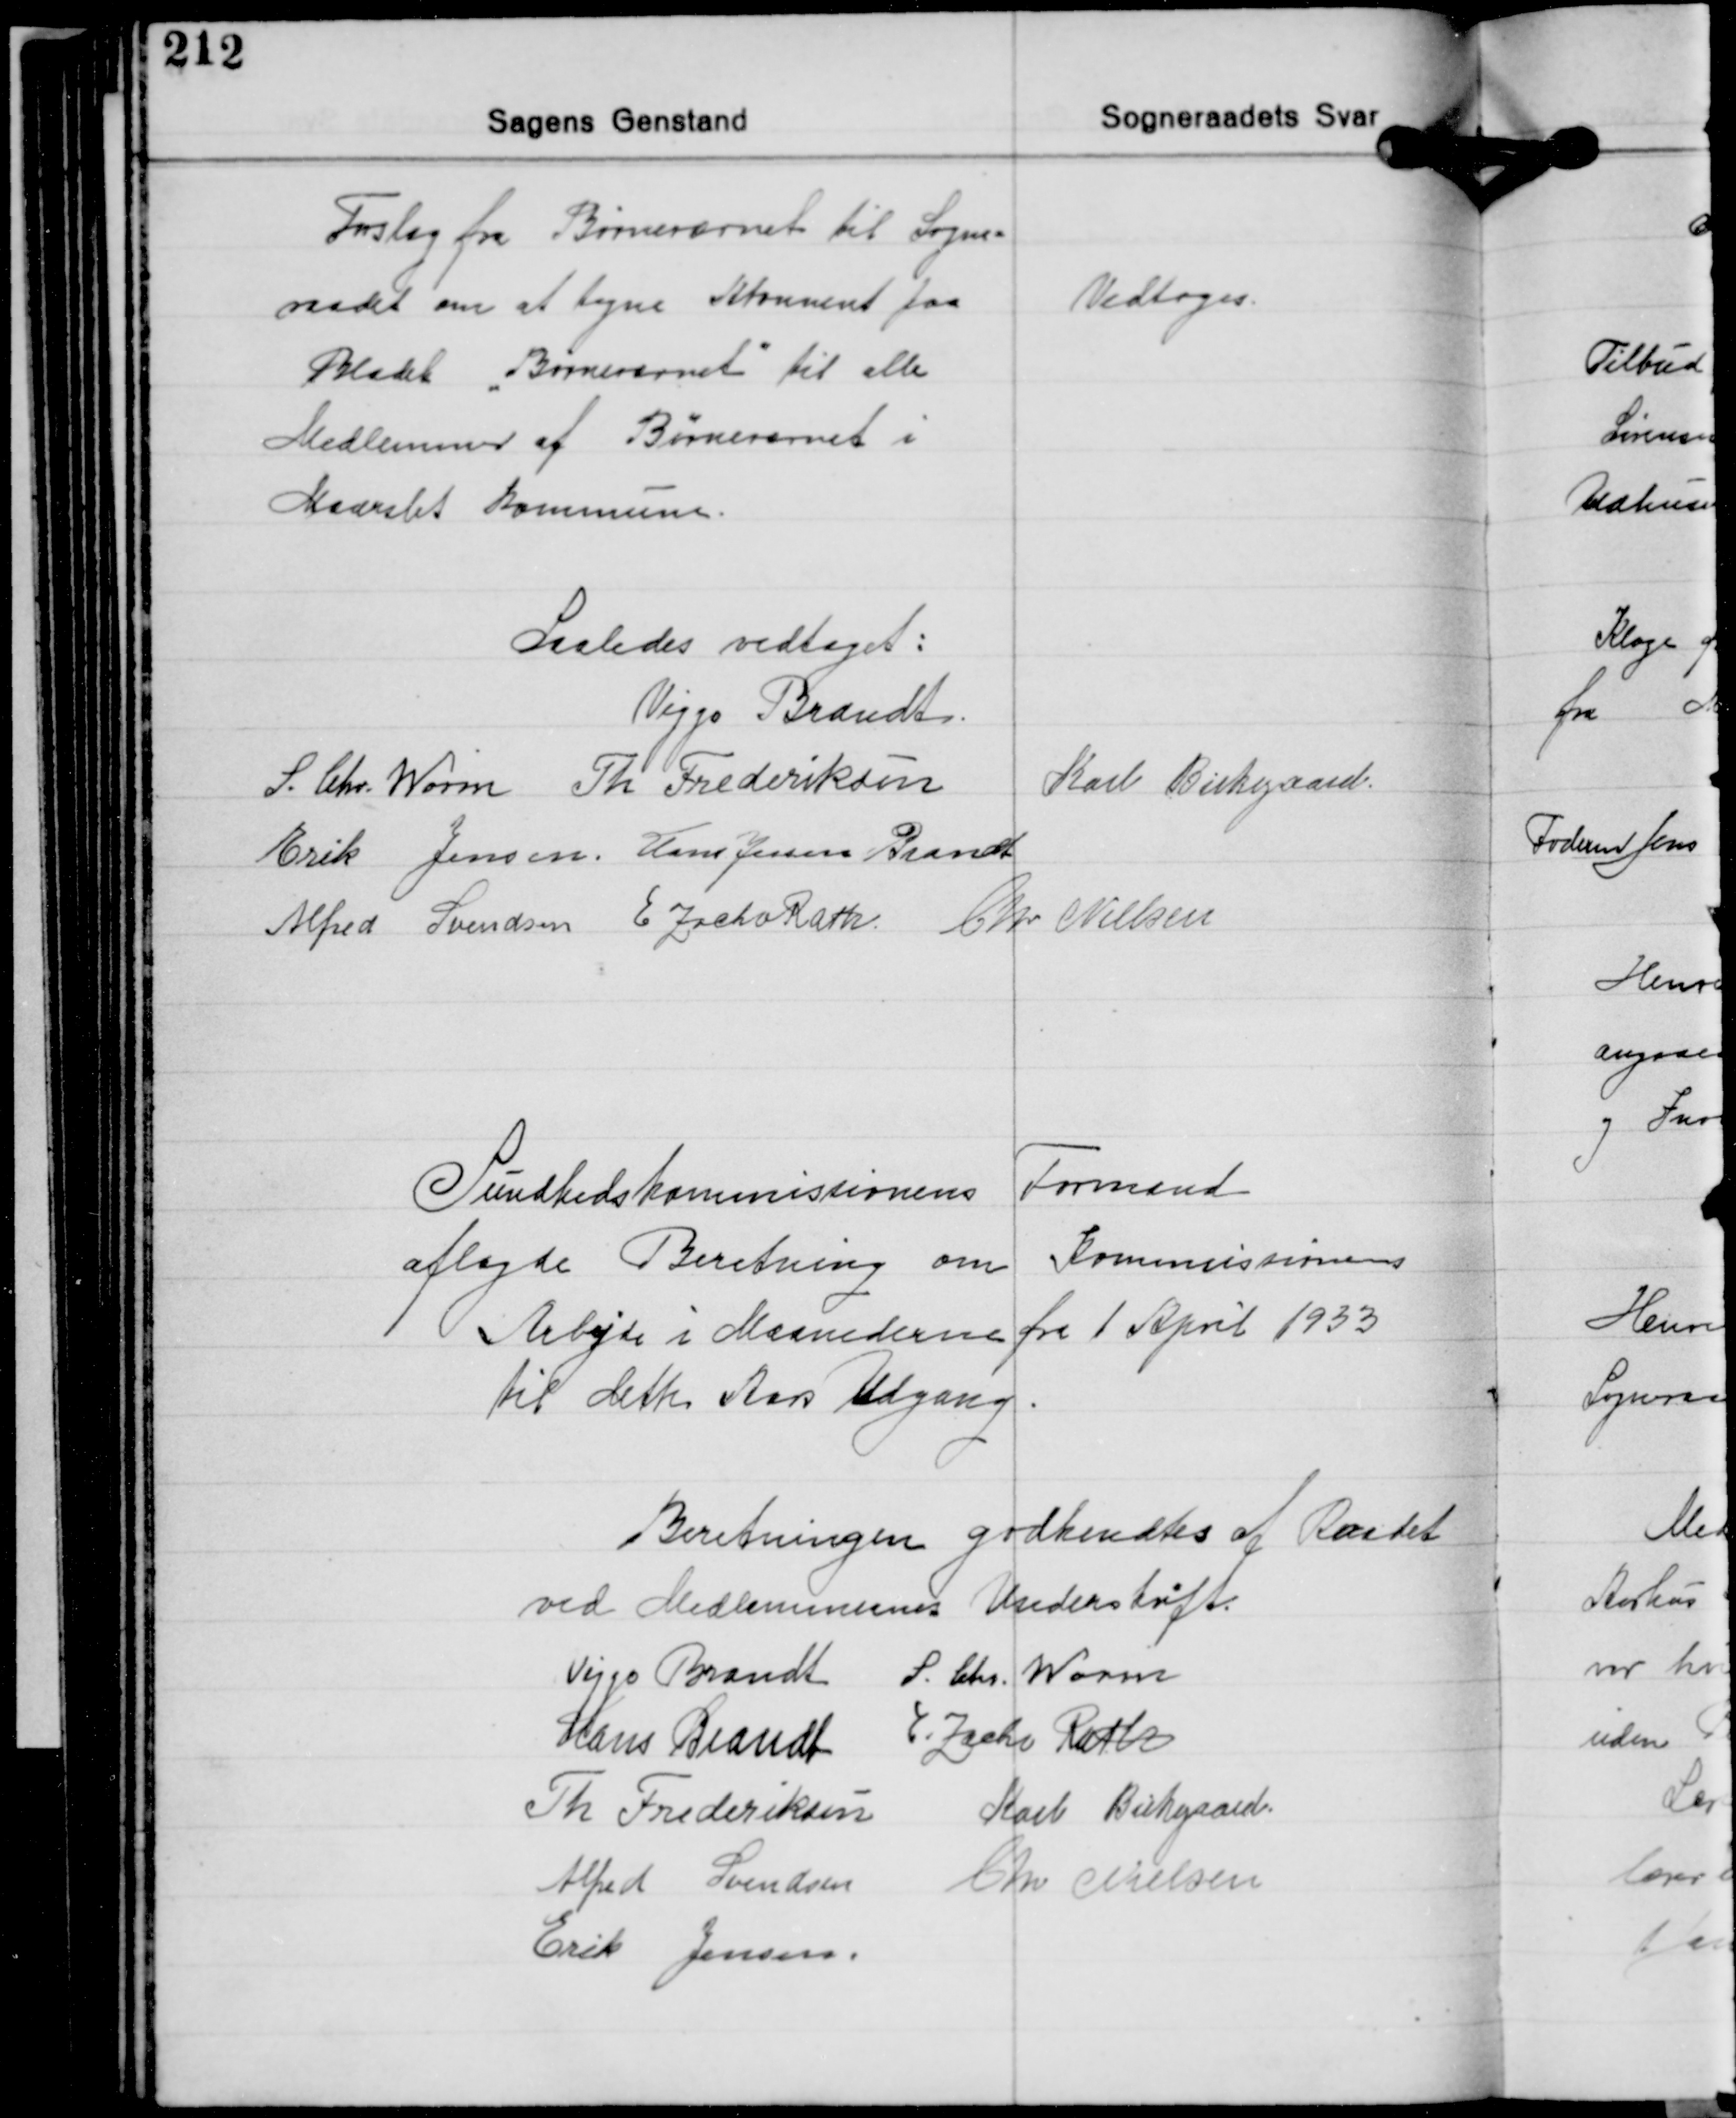
Transskription:
Forslag fra Børneværnet til Sogne-
raadet om at tegne Abonnement paa
Bladet Børneværnet til alle
Medlemmer af "Børnevernet" i
Maarslet Kommune.

Vedtoges.

Saaledes vedtaget:
Viggo Brandt
Karl Birkegaard
S. Chr. Worm Th. Frederiksen
Erik Jensen Hans Jessen Brandt
Alfred Svendsen E. Zacho Rath Chr. Nielsen

Sundhedskommissionens Formand
aflagde Beretning om Kommissionens
Arbejde i Maanederne fra 1 April 1933
til dette Aars Udgang

Beretningen godkendtes af Raadet
ved Medlemmernes Underskrift.
Viggo Brandt S. Chr. Worm
Hans Brandt E. Zacho Rath
Th. Frederiksen Karl Birkegaard
Alfred Svendsen Chr. Nielsen
Erik Jensen